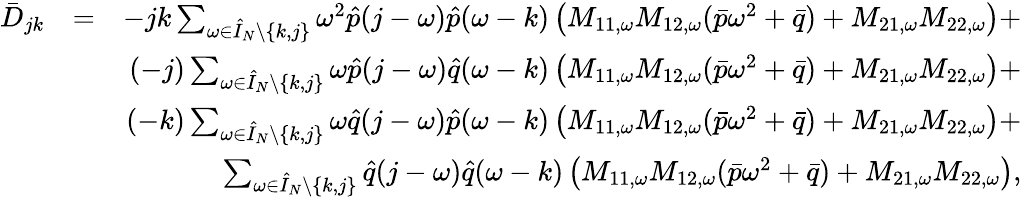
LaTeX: \begin{array}{rlr}{\bar{D}_{jk}}&{=}&{-jk\sum_{\omega\in\hat{I}_{N}\setminus\{ k,j\} }\omega^{2}\hat{p}(j-\omega)\hat{p}(\omega-k)\left(M_{11,\omega}M_{12,\omega}(\bar{p}\omega^{2}+\bar{q})+M_{21,\omega}M_{22,\omega}\right)+}\\ &{}&{(-j)\sum_{\omega\in\hat{I}_{N}\setminus\{ k,j\} }\omega\hat{p}(j-\omega)\hat{q}(\omega-k)\left(M_{11,\omega}M_{12,\omega}(\bar{p}\omega^{2}+\bar{q})+M_{21,\omega}M_{22,\omega}\right)+}\\ &{}&{(-k)\sum_{\omega\in\hat{I}_{N}\setminus\{ k,j\} }\omega\hat{q}(j-\omega)\hat{p}(\omega-k)\left(M_{11,\omega}M_{12,\omega}(\bar{p}\omega^{2}+\bar{q})+M_{21,\omega}M_{22,\omega}\right)+}\\ &{}&{\sum_{\omega\in\hat{I}_{N}\setminus\{ k,j\} }\hat{q}(j-\omega)\hat{q}(\omega-k)\left(M_{11,\omega}M_{12,\omega}(\bar{p}\omega^{2}+\bar{q})+M_{21,\omega}M_{22,\omega}\right),}\end{array}